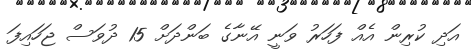
އަދި ކުރިން އެއް ފަހަރު ވަނީ އޭނާގެ ބަންދަށް 15 ދުވަސް ޖަހައިފަ